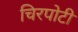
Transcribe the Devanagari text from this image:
चिरपोटी